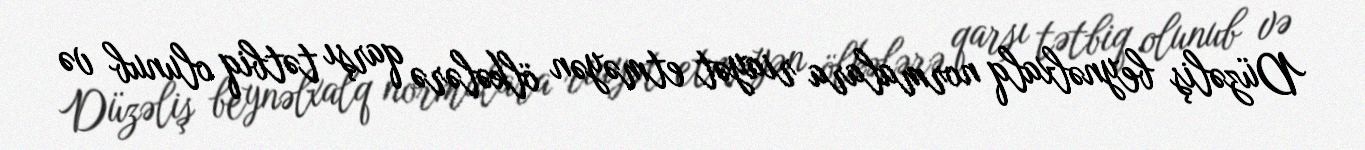
Düzəliş beynəlxalq normalara riayət etməyən ölkələrə qarşı tətbiq olunub və